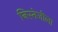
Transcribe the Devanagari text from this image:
निस्तेजीला